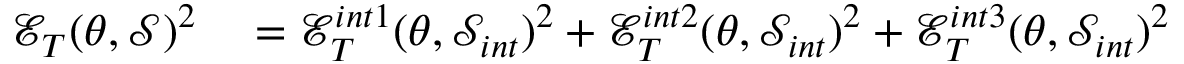
\begin{array} { r l } { \mathcal { E } _ { T } ( \theta , \mathcal { S } ) ^ { 2 } } & { { } = \mathcal { E } _ { T } ^ { i n t 1 } ( \theta , \mathcal { S } _ { i n t } ) ^ { 2 } + \mathcal { E } _ { T } ^ { i n t 2 } ( \theta , \mathcal { S } _ { i n t } ) ^ { 2 } + \mathcal { E } _ { T } ^ { i n t 3 } ( \theta , \mathcal { S } _ { i n t } ) ^ { 2 } } \end{array}